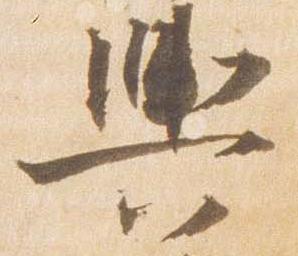
輿